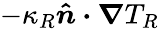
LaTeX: -\kappa_{R}\boldsymbol{\hat{n}\cdot\nabla}T_{R}